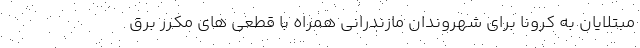
مبتلایان به کرونا برای شهروندان مازندرانی همراه با قطعی های مکرر برق